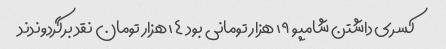
کسری داشتن شامپو ١٩ هزار تومانی بود ١٤ هزار تومان نقد برگردوندند